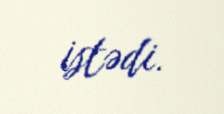
istədi.